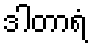
ဒါတာရံ